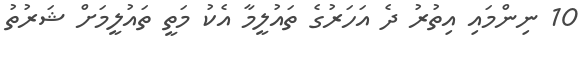
10 ނިންމައި އިތުރު ދެ އަހަރުގެ ތައުލީމާ އެކު މަތީ ތައުލީމަށް ޝަރުތު